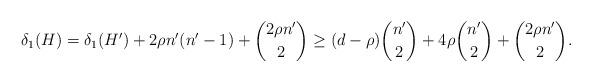
LaTeX: \begin{align*}\delta_1(H)&= \delta_1(H') +2\rho n'(n'-1)+\binom{2\rho n'}2 \geq (d-\rho)\binom{n'}2+ 4\rho \binom{n'}{2} +\binom{2\rho n'}2.\end{align*}